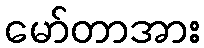
မော်တာအား